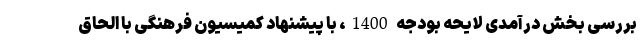
بررسی بخش درآمدی لایحه بودجه 1400، با پیشنهاد کمیسیون فرهنگی با الحاق